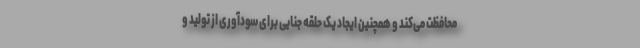
محافظت می‌کند و همچنین ایجاد یک حلقه جنایی برای سودآوری از تولید و